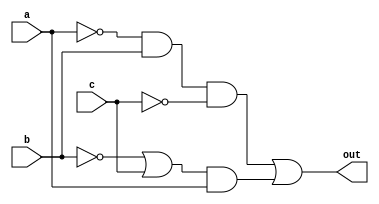
//experiment 1.1
module CALCOM(out,a,b,c);
	output out;
	input a,b,c;
	wire a,b,c,out;
	wire a_,c_,b_,a1,b1,a2,b2;
	not (a_,a);
	not (b_,b);
	not (c_,c);
	and (a1,a_,b);
	and (a2,a1,c_);	
	or (b1,b_,c);
	and (b2,b1,a);
	or (out,a2,b2);	
endmodule

module Exper1_1;
	reg a,b,c;
	wire out;
	CALCOM e1_2 (out,a,b,c);
	initial
	begin
		$dumpfile("Ex1_2.vcd");
		$dumpvars(0,e1_2);
		a=0;b=1;c=1;
		#5 b=0;
		#5 b=1;
		#5 a=1;
		#5 a=0;
		#5 c=0;
		#5 c=1;
		#5 $finish;
	end
endmodule